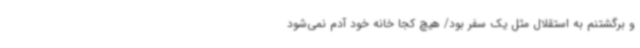
و برگشتنم به استقلال مثل یک سفر بود/ هیچ کجا خانه خود آدم نمی‌شود